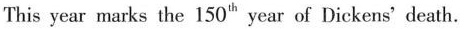
This year marks the 150th year of Dickens' death.